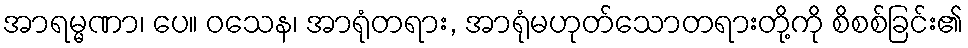
အာရမ္မဏာ၊ ပေ။ ဝသေန၊ အာရုံတရား, အာရုံမဟုတ်သောတရားတို့ကို စိစစ်ခြင်း၏